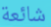
شائعة